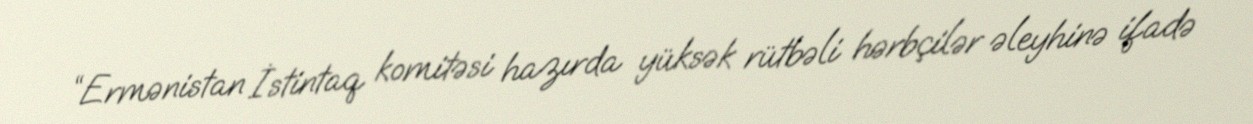
“Ermənistan İstintaq komitəsi hazırda yüksək rütbəli hərbçilər əleyhinə ifadə